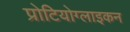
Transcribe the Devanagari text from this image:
प्रोटियोग्लाइकन